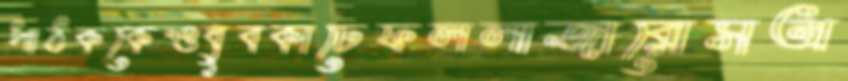
পাঠককেওধুবকাঢেফললাজারোসঅ